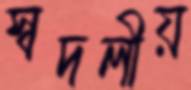
স্বদলীয়